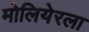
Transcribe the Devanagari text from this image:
मोलियेरला